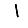
Digit: 1